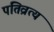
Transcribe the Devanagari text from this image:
पतिव्रत्य